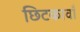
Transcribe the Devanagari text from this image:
छिटकावाँ